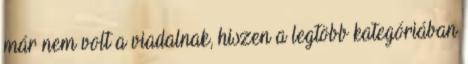
már nem volt a viadalnak, hiszen a legtöbb kategóriában